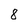
Character: 8